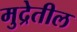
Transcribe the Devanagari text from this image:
मुद्रेतील